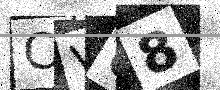
Text: CVU8